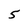
Character: 5